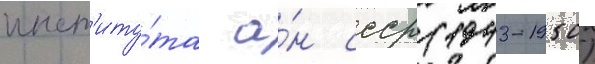
инст'иту́та а́н ссср (1943-1950)